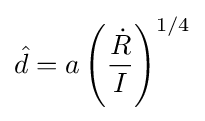
{\hat {d}}=a\left({\frac {\dot {R}}{I}}\right)^{1/4}